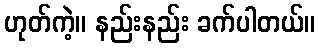
ဟုတ်ကဲ့။ နည်းနည်း ခက်ပါတယ်။